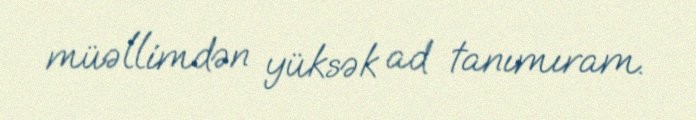
müəllimdən yüksək ad tanımıram.